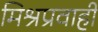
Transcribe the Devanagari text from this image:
मिश्रप्रवाही